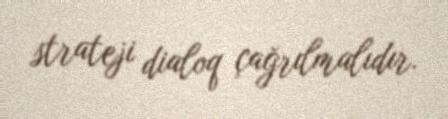
strateji dialoq çağrılmalıdır.